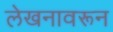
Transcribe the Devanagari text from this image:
लेखनावरून